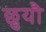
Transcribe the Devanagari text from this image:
छुयौ